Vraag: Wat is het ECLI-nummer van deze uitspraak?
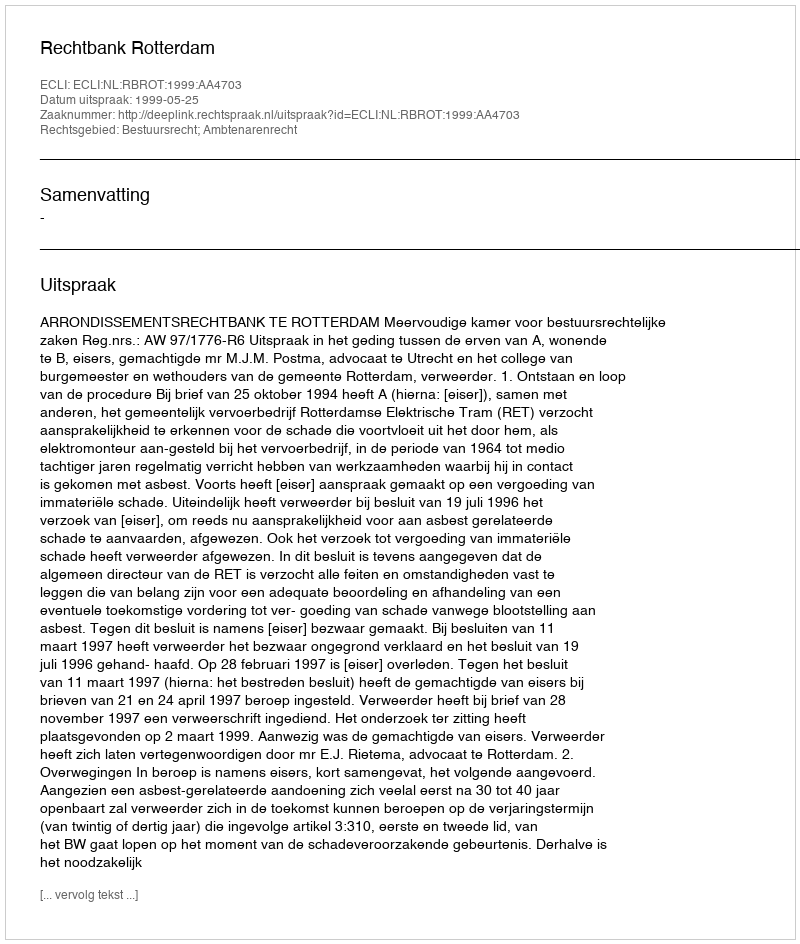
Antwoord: ECLI:NL:RBROT:1999:AA4703